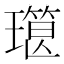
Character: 𰢔